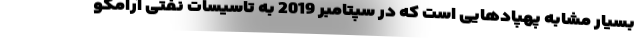
بسیار مشابه پهپادهایی است که در سپتامبر 2019 به تاسیسات نفتی آرامکو